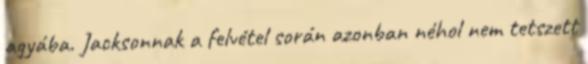
agyába. Jacksonnak a felvétel során azonban néhol nem tetszett